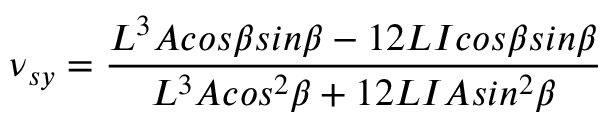
\nu { _ { s y } } = \frac { L ^ { 3 } A c o s \beta s i n \beta - 1 2 L I c o s \beta s i n \beta } { L ^ { 3 } A c o s ^ { 2 } \beta + 1 2 L I A s i n ^ { 2 } \beta }